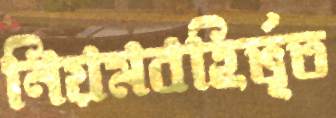
নিয়মবহির্ভূত